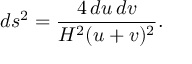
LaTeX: d s ^ { 2 } = \frac { 4 \, d u \, d v } { H ^ { 2 } ( u + v ) ^ { 2 } } .